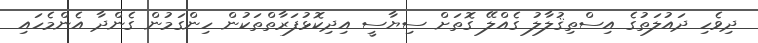
ދިވެހި ދައުލަތުގެ އިސްތިޤުލާލު ގެއްލޭ ގޮތަށް ސިޔާސީ އިދިކޮޅުފަރާތްތަކުން ހިންގަމުން ގެންދާ އެންމެހައި